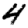
Digit: 4